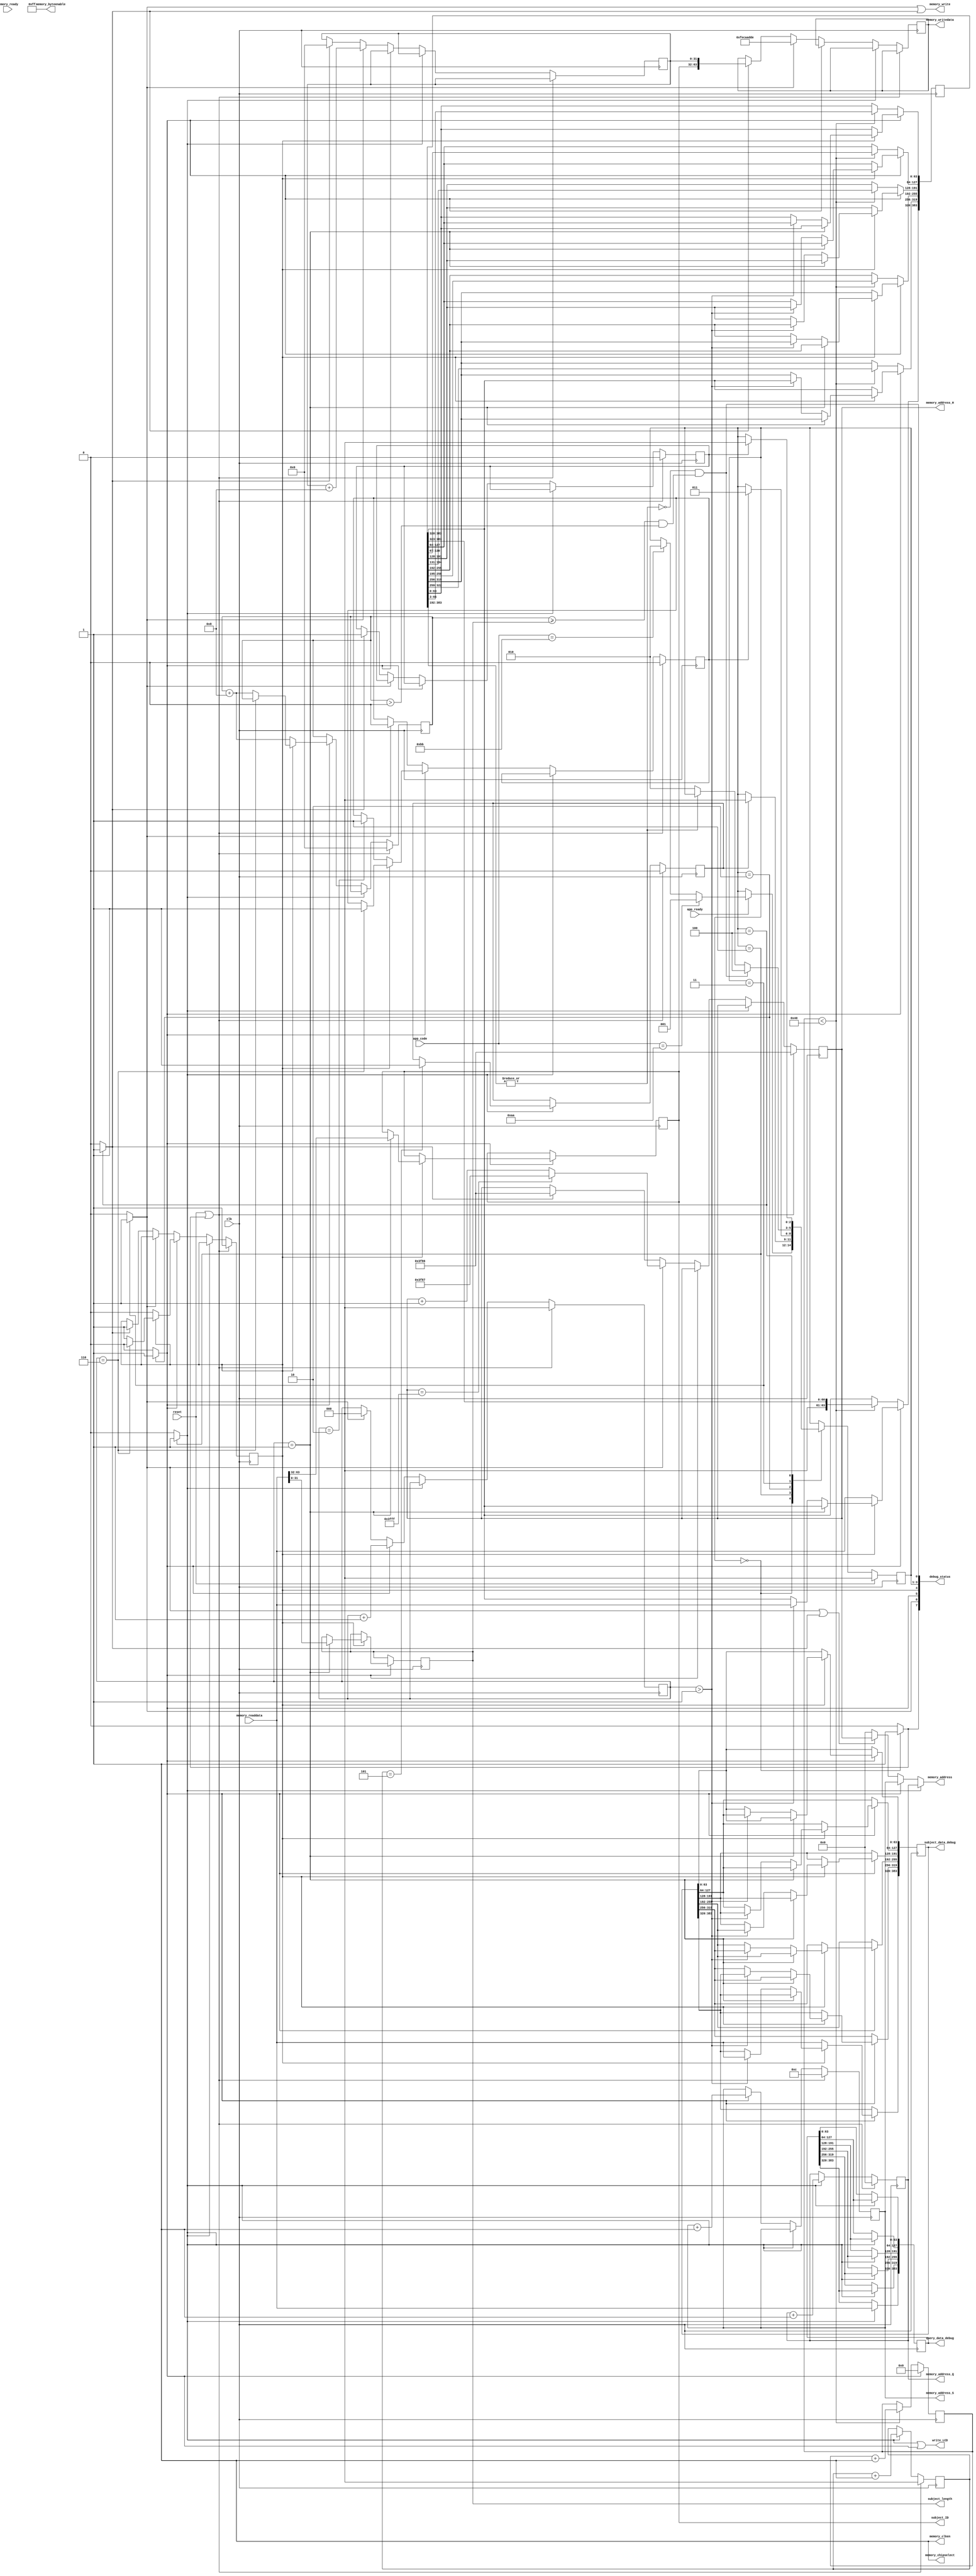
module Blast_top 
#(
    parameter DATABASE_BLOCK_SIZE       = 16250,    //(127*1024/8)
    parameter MEM_QUERY_ADDR            = 0,
    parameter MEM_SUBJECT_ADDR          = 12,
    parameter MEM_HIT_SCORE_ADDR        = (MEM_SUBJECT_ADDR + DATABASE_BLOCK_SIZE),
    parameter MEMORY_DATAWIDTH          = 64,
    parameter MEMORY_ADDRESS            = 14,
    parameter LENGTH_CHAR               = 3,
    parameter LENGTH_COUNTER            = 8
)
(
// port 2 memory interface
    output wire [13:0] memory_address,       
    output             memory_write,         
    input  wire [63:0] memory_readdata,      
    output reg  [63:0] memory_writedata,            
    output wire [7:0]  memory_byteenable,           
    output wire        memory_chipselect,           
    output wire        memory_clken,

// clock, resset
    input clk,
    input reset,

    input       memory_ready,
    input       app_ready,
    input [7:0] app_code,

		  //Debuging
    output reg [6*MEMORY_DATAWIDTH -1: 0] query_data_debug,
    output reg [6*MEMORY_DATAWIDTH -1: 0] subject_data_debug,
	 output reg [MEMORY_DATAWIDTH/2 -1: 0] subject_length,
    output reg [MEMORY_DATAWIDTH/2 -1: 0] subject_ID,
	 output wire [13:0]                    memory_address_Q, 
	 output wire [13:0]                    memory_address_S, 
	 output wire [13:0]                    memory_address_H,
	 output wire                           write_LCD,
	 output wire [7:0]                     debug_status
  );

  
  
    parameter  QUERY_AREA     = 2'b01;
    parameter  SUBJECT_AREA   = 2'b10;
    parameter  HIT_SCORE_AREA = 2'b11;

	parameter IDLE                 = 3'b000;
	parameter READ_QUERY           = 3'b001;
	parameter READ_SUBJECT         = 3'b010;
	parameter WRITE_HIT_SCORE      = 3'b011;
	parameter FINISHED             = 3'b100;


	parameter READ_QUERY_CODE      = 8'HAA;
	parameter READ_SUBJECT_CODE    = 8'HBB;
	parameter FINISHED_CODE        = 8'HEE;
  
  
    reg                      query_enable;
    reg [LENGTH_CHAR-1:0]    query_datastream_in;
    reg                      subject_enable;
    reg [LENGTH_CHAR-1:0]    subject_datastream_in;

    wire  [LENGTH_COUNTER-1:0] hit_add_inQ_UnGap;
    wire  [LENGTH_COUNTER-1:0] hit_add_inS_UnGap;
    wire  [LENGTH_COUNTER-1:0] hit_length_UnGap;
    wire  [LENGTH_COUNTER-1:0] hit_add_score;
	 
    reg [2:0]                       state;
    reg [2:0]                       next_state;
	 
    wire                            found_hit_score;

    reg  [MEMORY_ADDRESS-1:0]       query_address;
    reg  [MEMORY_ADDRESS-1:0]       subject_address;
    reg  [MEMORY_ADDRESS-1:0]       hit_score_address;
    reg  [2:0]                      read_query_count;
    reg  [2:0]                      read_subject_count;
    reg                             first_read_subject;

    reg                             read_query_done;
    reg                             read_subject_done;
    wire                            write_hit_score_done;
    reg                             write_hit_score_header_done;
    wire                            finished;

   reg read_query     ;
   reg read_subject   ;
   reg write_hit_score;
   reg write_hit_score_header;
   reg idle ;  

   
//   reg first_read_query;

   reg [6*MEMORY_DATAWIDTH -1: 0] query_data;
   reg [6*MEMORY_DATAWIDTH -1: 0] subject_data;
//   reg [MEMORY_DATAWIDTH/2 -1: 0] subject_length;
   reg [MEMORY_DATAWIDTH/2 -1: 0] read_subject_total;
//   reg [MEMORY_DATAWIDTH/2 -1: 0] subject_ID;
   reg [MEMORY_DATAWIDTH/2 -1: 0] hit_score_length;

   
    reg [7:0] push_query_count;
    reg [7:0] push_subject_count;   
	 
	 assign debug_status    = {idle,write_hit_score,read_subject,first_read_subject,state,finished};
    assign memory_clken    = 1'b1;
    assign found_hit_score = |{|hit_add_inQ_UnGap, |hit_add_inS_UnGap, |hit_length_UnGap, |hit_add_score};
    assign memory_address  = (read_query) ? query_address : 
                             (read_subject) ? subject_address :
                             (write_hit_score | write_hit_score_header) ? hit_score_address : 0 ;

	 assign      memory_address_Q = query_address; 
	 assign      memory_address_S = subject_address; 
	 assign      memory_address_H = hit_score_address;

     assign write_LCD = read_query | read_subject ;
     assign memory_clken      = 1'b1;
     assign memory_chipselect = 1'b1;
     assign memory_byteenable = 8'HFF;
     assign memory_write      = (write_hit_score || write_hit_score_header);
///   reg first_write_hit_score;
//changing state of write_hit_score to read_subject after 64 clock
   assign write_hit_score_done = ~|subject_data[3*MEMORY_DATAWIDTH +:3*MEMORY_DATAWIDTH];
   assign finished             = write_hit_score_done && (read_subject_total >= subject_length && read_subject_total> 5'd32);
   //assign finished                      = ~|subject_data[0 +: 3*MEMORY_DATAWIDTH];
   always @(posedge clk)
   begin
      if(reset) state <= IDLE;
      else state <= next_state;
   end

   always @(*)
   begin
      next_state             = state;
      read_query             = 1'b0;
      read_subject           = 1'b0;
      write_hit_score        = 1'b0;
      write_hit_score_header = 1'b0;
      idle                   = 1'b0;

      case(state)
         IDLE: begin
            if(app_ready) begin
               if( app_code == READ_QUERY_CODE) begin
                  next_state = READ_QUERY;
               end
               else if(app_code == READ_SUBJECT_CODE) begin
                  next_state = READ_SUBJECT;
               end 
            end
            idle               = 1'b1;
         end
         READ_QUERY: begin
            if(read_query_done) begin
               next_state = IDLE;
            end
               read_query = 1'b1;
         end
         READ_SUBJECT: begin
            //if(finished) begin
            //   next_state = FINISHED;
            //end
            if(read_subject_done) begin
               next_state = WRITE_HIT_SCORE;
            end
            read_subject = 1'b1;
         end
         WRITE_HIT_SCORE: begin
            if(finished) begin
               next_state = FINISHED;
            end
            else if(write_hit_score_done) begin
               next_state = READ_SUBJECT;
            end
            write_hit_score = 1'b1;
         end
         FINISHED: begin
            if(write_hit_score_header_done) begin
               next_state = IDLE;
            end
            write_hit_score_header = 1'b1;
         end
			default: begin
			end
      endcase
   end


   always @(posedge clk) begin

//read query
      if(read_query) begin
         query_data[5*MEMORY_DATAWIDTH +: MEMORY_DATAWIDTH] <= memory_readdata;
         query_data[4*MEMORY_DATAWIDTH +: MEMORY_DATAWIDTH] <= query_data[5*MEMORY_DATAWIDTH +: MEMORY_DATAWIDTH];
         query_data[3*MEMORY_DATAWIDTH +: MEMORY_DATAWIDTH] <= query_data[4*MEMORY_DATAWIDTH +: MEMORY_DATAWIDTH];         query_data[1*MEMORY_DATAWIDTH +: MEMORY_DATAWIDTH] <= query_data[2*MEMORY_DATAWIDTH +: MEMORY_DATAWIDTH];
         query_data[2*MEMORY_DATAWIDTH +: MEMORY_DATAWIDTH] <= query_data[3*MEMORY_DATAWIDTH +: MEMORY_DATAWIDTH];
         query_data[1*MEMORY_DATAWIDTH +: MEMORY_DATAWIDTH] <= query_data[2*MEMORY_DATAWIDTH +: MEMORY_DATAWIDTH];
         query_data[0*MEMORY_DATAWIDTH +: MEMORY_DATAWIDTH] <= query_data[1*MEMORY_DATAWIDTH +: MEMORY_DATAWIDTH];
         push_query_count                                   <= 7'b0;
			
			//Binh added for debuging
         query_data_debug[5*MEMORY_DATAWIDTH +: MEMORY_DATAWIDTH] <= memory_readdata;
         query_data_debug[4*MEMORY_DATAWIDTH +: MEMORY_DATAWIDTH] <= query_data_debug[5*MEMORY_DATAWIDTH +: MEMORY_DATAWIDTH];
         query_data_debug[3*MEMORY_DATAWIDTH +: MEMORY_DATAWIDTH] <= query_data_debug[4*MEMORY_DATAWIDTH +: MEMORY_DATAWIDTH];         query_data[1*MEMORY_DATAWIDTH +: MEMORY_DATAWIDTH] <= query_data[2*MEMORY_DATAWIDTH +: MEMORY_DATAWIDTH];
         query_data_debug[2*MEMORY_DATAWIDTH +: MEMORY_DATAWIDTH] <= query_data_debug[3*MEMORY_DATAWIDTH +: MEMORY_DATAWIDTH];
         query_data_debug[1*MEMORY_DATAWIDTH +: MEMORY_DATAWIDTH] <= query_data_debug[2*MEMORY_DATAWIDTH +: MEMORY_DATAWIDTH];
         query_data_debug[0*MEMORY_DATAWIDTH +: MEMORY_DATAWIDTH] <= query_data_debug[1*MEMORY_DATAWIDTH +: MEMORY_DATAWIDTH];
		end
      else begin
         if(push_query_count  < 7'd127) begin
           query_datastream_in  <= query_data[2:0];
            query_enable        <= 1'b1;
            push_query_count    <= push_query_count + 1'b1;
            query_data          <= query_data >> 3;
         end
         else begin
            query_enable        <= 1'b0;
         end

      end 

//read subject
      if(read_subject) begin
         if(first_read_subject) begin
            if(read_subject_count == 1) begin
                {subject_ID, subject_length}                        <= memory_readdata;
            end
				else if(read_subject_count > 1)begin
					subject_data[5*MEMORY_DATAWIDTH +: MEMORY_DATAWIDTH] <= memory_readdata;
					subject_data[4*MEMORY_DATAWIDTH +: MEMORY_DATAWIDTH] <= subject_data[5*MEMORY_DATAWIDTH +: MEMORY_DATAWIDTH];
					subject_data[3*MEMORY_DATAWIDTH +: MEMORY_DATAWIDTH] <= subject_data[4*MEMORY_DATAWIDTH +: MEMORY_DATAWIDTH];
					subject_data[2*MEMORY_DATAWIDTH +: MEMORY_DATAWIDTH] <= subject_data[3*MEMORY_DATAWIDTH +: MEMORY_DATAWIDTH];
					subject_data[1*MEMORY_DATAWIDTH +: MEMORY_DATAWIDTH] <= subject_data[2*MEMORY_DATAWIDTH +: MEMORY_DATAWIDTH];
					subject_data[0*MEMORY_DATAWIDTH +: MEMORY_DATAWIDTH] <= subject_data[1*MEMORY_DATAWIDTH +: MEMORY_DATAWIDTH];
					
					subject_data_debug[5*MEMORY_DATAWIDTH +: MEMORY_DATAWIDTH] <= memory_readdata;
					subject_data_debug[4*MEMORY_DATAWIDTH +: MEMORY_DATAWIDTH] <= subject_data_debug[5*MEMORY_DATAWIDTH +: MEMORY_DATAWIDTH];
					subject_data_debug[3*MEMORY_DATAWIDTH +: MEMORY_DATAWIDTH] <= subject_data_debug[4*MEMORY_DATAWIDTH +: MEMORY_DATAWIDTH];
					subject_data_debug[2*MEMORY_DATAWIDTH +: MEMORY_DATAWIDTH] <= subject_data_debug[3*MEMORY_DATAWIDTH +: MEMORY_DATAWIDTH];
					subject_data_debug[1*MEMORY_DATAWIDTH +: MEMORY_DATAWIDTH] <= subject_data_debug[2*MEMORY_DATAWIDTH +: MEMORY_DATAWIDTH];
					subject_data_debug[0*MEMORY_DATAWIDTH +: MEMORY_DATAWIDTH] <= subject_data_debug[1*MEMORY_DATAWIDTH +: MEMORY_DATAWIDTH];
				end
         end
			else begin
				subject_data[5*MEMORY_DATAWIDTH +: MEMORY_DATAWIDTH] <= memory_readdata;
				subject_data[4*MEMORY_DATAWIDTH +: MEMORY_DATAWIDTH] <= subject_data[5*MEMORY_DATAWIDTH +: MEMORY_DATAWIDTH];
				subject_data[3*MEMORY_DATAWIDTH +: MEMORY_DATAWIDTH] <= subject_data[4*MEMORY_DATAWIDTH +: MEMORY_DATAWIDTH];
				subject_data_debug[5*MEMORY_DATAWIDTH +: MEMORY_DATAWIDTH] <= memory_readdata;
				subject_data_debug[4*MEMORY_DATAWIDTH +: MEMORY_DATAWIDTH] <= subject_data_debug[5*MEMORY_DATAWIDTH +: MEMORY_DATAWIDTH];
				subject_data_debug[3*MEMORY_DATAWIDTH +: MEMORY_DATAWIDTH] <= subject_data_debug[4*MEMORY_DATAWIDTH +: MEMORY_DATAWIDTH];
			end
         push_subject_count                                      <= 7'b0;
      end
      else begin
         if(push_subject_count < 7'd64) begin
            subject_datastream_in <= subject_data[2:0];
            subject_enable        <= 1'b1;
            push_subject_count    <= push_subject_count + 1'b1;
            subject_data          <= subject_data >> 3;
         end
         else begin
            subject_enable        <= 1'b0;
         end
      end 

   end


    always @(posedge clk) begin
      if(reset | idle) begin 
         first_read_subject          <= 1'b1;
         read_subject_total          <= 0;
         read_query_count            <= 3'b0;
         write_hit_score_header_done <= 1'b0;
         read_query_done             <= 1'b0;
         read_subject_done           <= 1'b0;
         read_subject_count          <= 3'b0;
         query_address               <= MEM_QUERY_ADDR;
         subject_address             <= MEM_SUBJECT_ADDR ;
         hit_score_address           <= MEM_HIT_SCORE_ADDR;			
      end
		
      else if(read_query) begin
         read_query_count            <= read_query_count + 1'b1;
         if(read_query_count == 3'h5) begin
           read_query_done           <= 1'b1;
         end
         else begin
         end
//         memory_SEG                  <= QUERY_AREA;
         query_address               <= query_address + 1'b1;
      end
		
      else if(read_subject) begin
         if(first_read_subject)begin
             if(read_subject_count == 3'd6) begin
                read_subject_done    <= 1'b1;
                first_read_subject   <= 1'b0;
             end
             else begin
                read_subject_total  <= read_subject_total + 4'd8;
             end
         end
         else begin
            if(read_subject_count == 3'd2) begin
               read_subject_done     <= 1'b1;
            end
            read_subject_total        <= read_subject_total + 4'd8;
         end
         read_subject_count           <= read_subject_count + 1'b1;
//			if(subject_address < MEM_HIT_SCORE_ADDR) begin
			   subject_address           <= subject_address + 1'b1;
//			end
//			else begin
//			   read_subject_done         <= 1'b1;
//				finished                  <= 1'b1;
//			end
      end
		
      else if(write_hit_score) begin
		   read_subject_count           <= 3'b0;
         read_subject_done            <= 1'b0;
			hit_score_address            <= hit_score_address + 1'b1;
			if(hit_score_address == -14'h1) begin
			   hit_score_address         <= MEM_HIT_SCORE_ADDR + 1'b1;
			end
         if(found_hit_score) begin
            hit_score_length         <= hit_score_length + 4'd8;
            memory_writedata         <= {hit_add_inQ_UnGap, hit_add_inS_UnGap, hit_length_UnGap, hit_add_score};
         end
      end    
		
      else if(write_hit_score_header) begin
         write_hit_score_header_done <= 1'b1;
			hit_score_address           <= MEM_HIT_SCORE_ADDR;
         memory_writedata            <= {subject_ID, hit_score_length};
         hit_score_length            <= 0;
         first_read_subject          <= 1'b1;
      end
   end
   /*
	assign read_hit_score_pair = write_hit_score;
	Blastn_Array BA(
	   .array_clk(clk), 
		.query_enable(query_enable), 
		.sub_enable(subject_enable), 
//		.enable, 
		.reset(reset), 
		.read_HSP(read_hit_score_pair),
//		.Q_address_F, 
//		.S_address_F, 
//		.Q_context_F, 
//		.S_context_F,
//		.Q_address_R,
//		.S_address_R,
//		.Q_context_R,
//		.S_context_R,
//		.Q_valid_F, 
//		.S_valid_F, 
//		.Q_valid_R, 
//		.S_valid_R,
      .query_datastream_in(query_datastream_in), 
		.sub_datastream_in(subject_datastream_in), 
//		.query_datastream_out, 
//		.sub_datastream_out,
		.hit_add_inQ_UnGap(hit_add_inQ_UnGap),
		.hit_add_inS_UnGap(hit_add_inS_UnGap),
		.hit_length_UnGap(hit_length_UnGap),
		.hit_add_score(hit_add_score)
		);
		*/
	 assign hit_add_inQ_UnGap  = 8'HFE;
    assign hit_add_inS_UnGap  = 8'hCA;
    assign hit_length_UnGap   = 8'HAD;
    assign hit_add_score      = 8'HDE;
endmodule